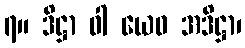
၇။ ဒိဋ္ဌာ ဝါ ယေဝ အဒိဋ္ဌာ၊